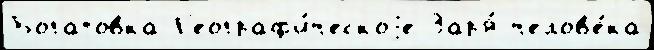
Богатовка Г'еограф'и́ческоjе Зар'я́ челов'е́ка